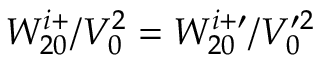
W _ { 2 0 } ^ { i + } / V _ { 0 } ^ { 2 } = W _ { 2 0 } ^ { i + \prime } / V _ { 0 } ^ { \prime 2 }